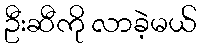
ဦးဆီကို လာခဲ့မယ်